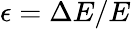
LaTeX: \epsilon=\Delta E/E